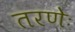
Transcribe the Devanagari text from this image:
तरणेः